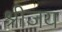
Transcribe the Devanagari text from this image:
श्रीजय